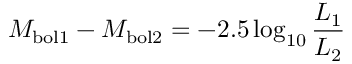
M _ { \mathrm { b o l 1 } } - M _ { \mathrm { b o l 2 } } = - 2 . 5 \log _ { 1 0 } { \frac { L _ { \mathrm { 1 } } } { L _ { \mathrm { 2 } } } }